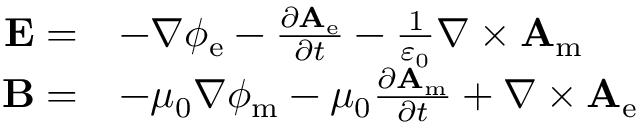
{ \begin{array} { r l } { \mathbf { E } = } & { - \nabla \phi _ { \mathrm { e } } - { \frac { \partial \mathbf { A } _ { \mathrm { e } } } { \partial t } } - { \frac { 1 } { \varepsilon _ { 0 } } } \nabla \times \mathbf { A } _ { \mathrm { m } } } \\ { \mathbf { B } = } & { - \mu _ { 0 } \nabla \phi _ { \mathrm { m } } - \mu _ { 0 } { \frac { \partial \mathbf { A } _ { \mathrm { m } } } { \partial t } } + \nabla \times \mathbf { A } _ { \mathrm { e } } } \end{array} }